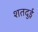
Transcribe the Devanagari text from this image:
शतदुई